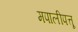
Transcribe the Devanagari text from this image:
मपालीपत्तू